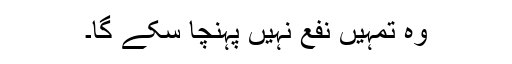
وہ تمہیں نفع نہیں پہنچا سکے گا۔